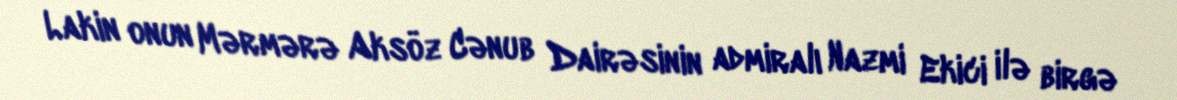
Lakin onun Mərmərə Aksöz Cənub Dairəsinin admiralı Nazmi Ekici ilə birgə